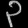
Digit: ၃